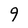
Character: 9